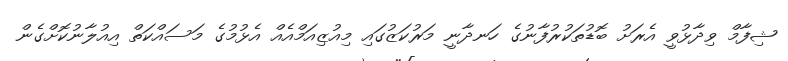
ޝިފާމް ވިދާޅުވީ އެރަށު ބޮޑުތަކުރުފާނުގެ ހަނދާނީ މަރުކަޒުގައި މިއުޒިއަމްއެއް އެޅުމުގެ މަސައްކަތް އިއުލާނުކޮށްގެން